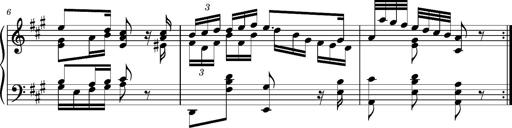
Title: Ungarischer Romanzero
Composer: Franz Liszt